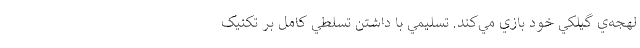
لهجه‌ي گيلکي خود بازي مي‌کند. تسليمي با داشتن تسلطي کامل بر تکنيک